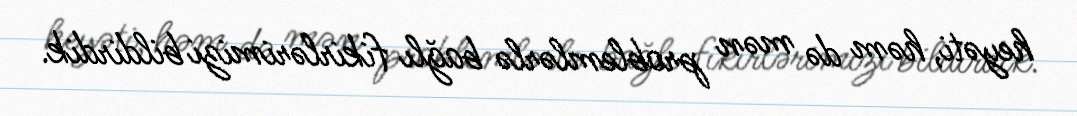
heyəti, həm də mən problemlərlə bağlı fikirlərimizi bildirdik.